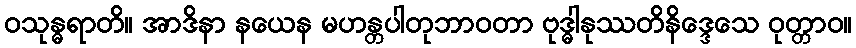
ဝသုန္ဓရာတိ။ အာဒိနာ နယေန မဟန္တပါတုဘာဝတာ ဗုဒ္ဓါနုဿတိနိဒ္ဒေသေ ဝုတ္တာဝ။